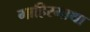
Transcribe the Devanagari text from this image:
गाहिरमाथा